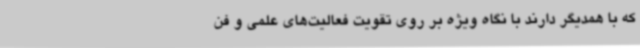
که با همدیگر دارند با نگاه ویژه بر روی تقویت فعالیت‌های علمی و فن